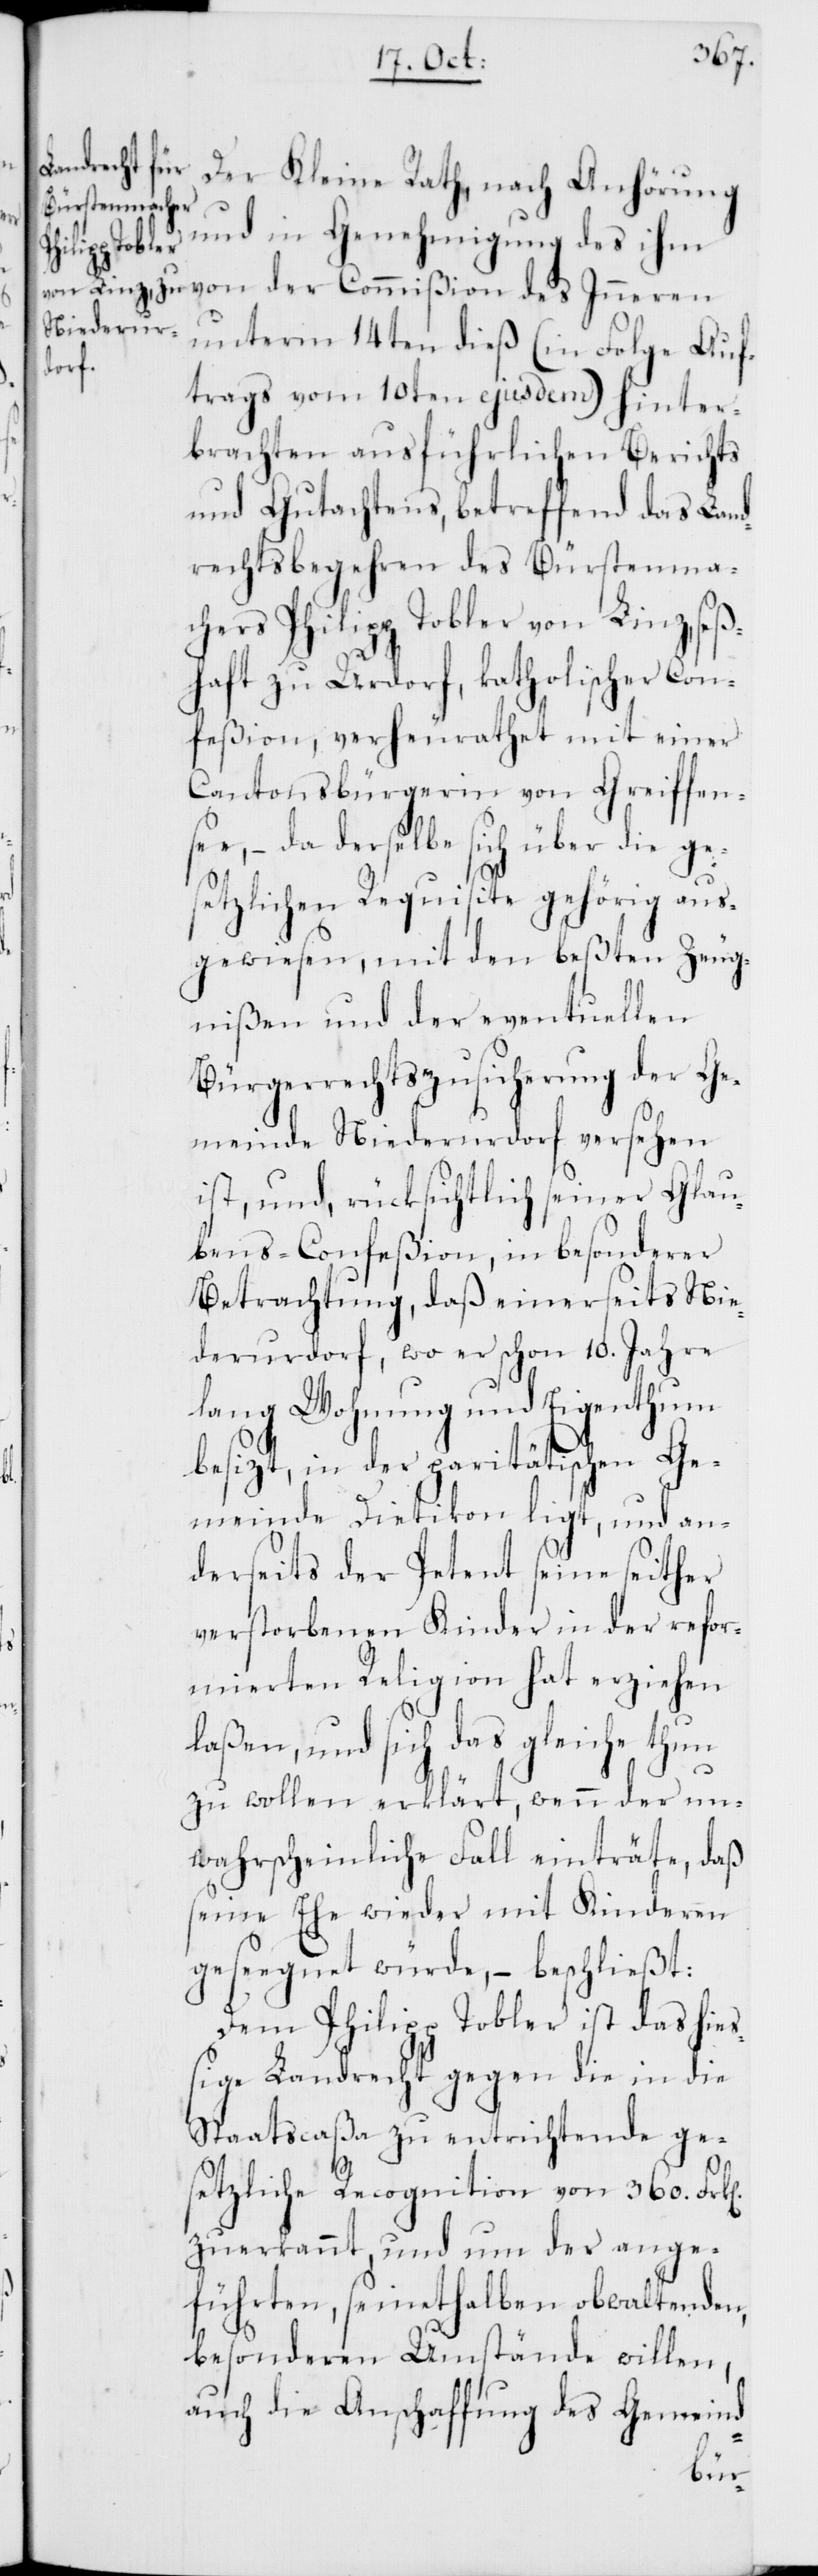
Der Kleine Rath, nach Anhörung
und in Genehmigung des ihm
von der Commißion des Inneren
unterm 14ten dieß (in Folge Auf¬
trags vom 10ten ejusdem) hinter¬
brachten ausführlichen Berichts
und Gutachtens, betreffend das Land¬
rechtsbegehren des Bürstenma¬
chers Philipp Tobler von Linz, seß¬
haft zu Urdorf, katholischer Con¬
feßion, verheurathet mit einer
Cantonsbürgerin von Greifen¬
see, – da derselbe sich über die ge¬
setzlichen Requisite gehörig aus¬
gewiesen, mit den beßten Zeug¬
nißen und der eventuellen
Bürgerrechtszusicherung der Ge¬
meinde Niederurdorf versehen
ist, und, rücksichtlich seiner Glau¬
bens-Confeßion, in besonderer
Betrachtung, daß einerseits Nie¬
derurdorf, wo er schon 10. Jahre
lang Wohnung und Eigenthum
besizt, in der paritätischen Ge¬
meinde Dietikon ligt, und an¬
derseits der Petent seine seither
verstorbenen Kinder in der refor¬
mierten Religion hat erziehen
laßen, und sich das gleiche thun
zu wollen erklärt, wenn der un¬
wahrscheinliche Fall einträte, daß
seine Ehe wieder mit Kinderen
gesegnet würde, – beschließt:
Dem Philipp Tobler ist das hie¬
ßige Landrecht gegen die in die
Staatscaßa zu entrichtende ge¬
setzliche Recognition von 360. Frk[e¬
zuerkannt, und um der ange¬
führten, seinethalben obwaltenden,
besonderen Umstände willen,
auch die Anschaffung des Gemeind-
n]